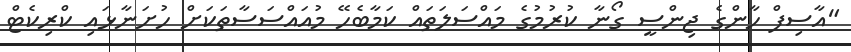
"އާސިފް ހާންގެ ޖިންސީ ގޯނާ ކުރުމުގެ މައްސަލަތައް ކަމާބެހޭ މުއައްސަސާތަކަށް ހުށަނާޅައި ކްރިކެޓް